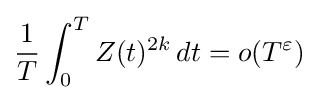
{\frac {1}{T}}\int _{0}^{T}Z(t)^{2k}\,dt=o(T^{\varepsilon })